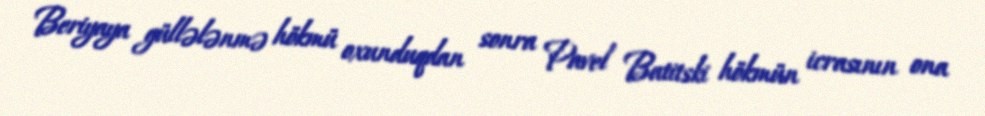
Beriyaya güllələnmə hökmü oxunduqdan sonra Pavel Batitski hökmün icrasının ona